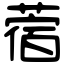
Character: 蓿